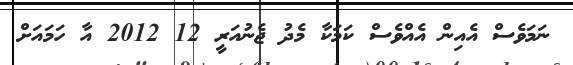
ނަމަވެސް އެއިން އެއްވެސް ކަމަކާ މެދު ޖެނުއަރީ 12 2012 އާ ހަމައަށް